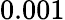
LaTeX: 0.001